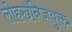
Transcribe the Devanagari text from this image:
लोहखनिजयुक्त